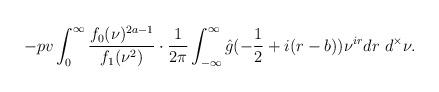
LaTeX: \begin{align*}-pv\int_0^\infty \frac{f_0(\nu)^{2a-1}}{f_1(\nu^2)}\cdot \frac{1}{2\pi}\int_{-\infty}^\infty\hat{g}(-\frac12+i(r-b))\nu^{ir} dr\ d^\times\nu.\end{align*}